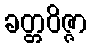
ခတ္တဝိဇ္ဇာ